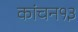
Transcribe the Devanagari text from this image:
कांचन१३